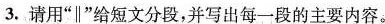
3.请用”∥”给短文分段，并写出每一段的主要内容。